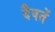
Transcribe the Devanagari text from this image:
दैवतें